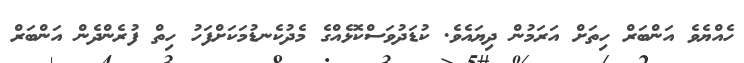
ހެއްޔެވެ އަންބަރް ހިތަށް އަރަމުން ދިޔައެވެ. ކުޑަދުވަސްކޮޅެއްގެ މެދުކެނޑުމަކަށްފަހު ހިތް ފުރެންދެން އަންބަރް